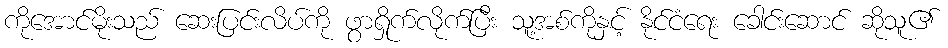
ကိုအောင်မိုးသည် ဆေးပြင်းလိပ်ကို ဖွာရှိုက်လိုက်ပြီး သူ့အစ်ကိုနှင့် နိုင်ငံရေး ခေါင်းဆောင် ဆိုသူ၏